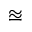
\approxeq